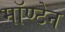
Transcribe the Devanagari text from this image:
मॉण्टेन